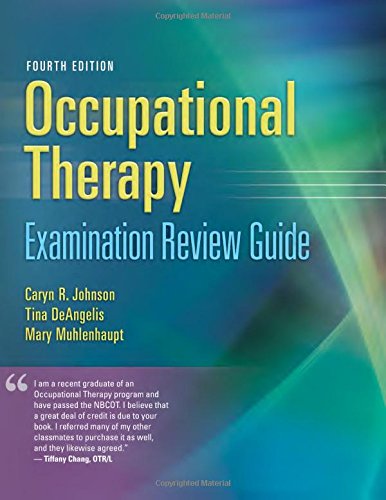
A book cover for Occupational Therapy Examination Review Guide; Caryn R. Johnson MS  OTR/L  FAOTA; Medical Books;